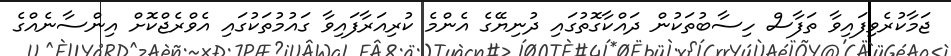
ޖަމާކުރެވިފައިވާ ތަފާސް ހިސާބުތަކުން ދައްކާގޮތުގައި ދުނިޔޭގެ އެންމެ ކުރިއަރާފައިވާ ގައުމުތަކުގައި އެވްރެޖްކޮށް އިންސާނެއްގެ